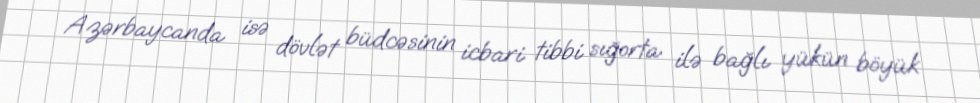
Azərbaycanda isə dövlət büdcəsinin icbari tibbi sığorta ilə bağlı yükün böyük